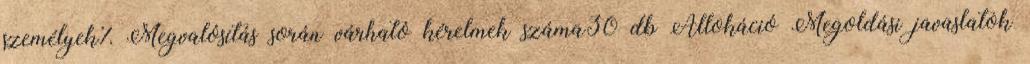
személyek%▪Megvalósítás során várható kérelmek száma30 db Allokáció Megoldási javaslatok